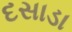
દસાડા